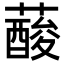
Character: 𦾹